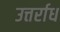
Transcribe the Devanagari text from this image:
उत्तर्राध